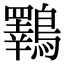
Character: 鸅